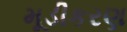
મૂડીકરણ